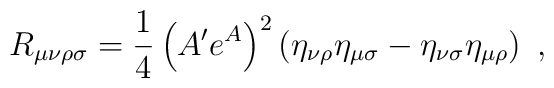
R_{\mu\nu\rho\sigma}=\frac{1}{4}\left(A'e^A\right)^2\left(\eta_{\nu\rho}\eta_{\mu\sigma}-\eta_{\nu\sigma}\eta_{\mu\rho}\right)~,